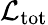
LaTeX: {\mathcal L}_{\mathrm{tot}}